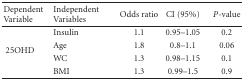
<table><thead><tr><td><b>Dependent Variable</b></td><td><b>Independent Variables</b></td><td><b>Odds ratio</b></td><td><b>CI (95%)</b></td><td><b><i>P</i>-value</b></td></tr></thead><tbody><tr><td rowspan="4"> 25OHD</td><td>Insulin</td><td>1.1</td><td>0.95–1.05</td><td>0.2</td></tr><tr><td>Age</td><td>1.8</td><td>0.8–1.1</td><td>0.06</td></tr><tr><td>WC</td><td>1.3</td><td>0.98–1.15</td><td>0.1</td></tr><tr><td>BMI</td><td>1.3</td><td>0.99–1.5</td><td>0.9</td></tr></tbody></table>